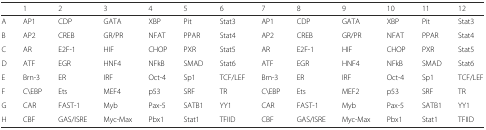
<table><thead><tr><td></td><td><b>1</b></td><td><b>2</b></td><td><b>3</b></td><td><b>4</b></td><td><b>5</b></td><td><b>6</b></td><td><b>7</b></td><td><b>8</b></td><td><b>9</b></td><td><b>10</b></td><td><b>11</b></td><td><b>12</b></td></tr></thead><tbody><tr><td>A</td><td>AP1</td><td>CDP</td><td>GATA</td><td>XBP</td><td>Pit</td><td>Stat3</td><td>AP1</td><td>CDP</td><td>GATA</td><td>XBP</td><td>Pit</td><td>Stat3</td></tr><tr><td>B</td><td>AP2</td><td>CREB</td><td>GR/PR</td><td>NFAT</td><td>PPAR</td><td>Stat4</td><td>AP2</td><td>CREB</td><td>GR/PR</td><td>NFAT</td><td>PPAR</td><td>Stat4</td></tr><tr><td>C</td><td>AR</td><td>E2F-1</td><td>HIF</td><td>CHOP</td><td>PXR</td><td>Stat5</td><td>AR</td><td>E2F-1</td><td>HIF</td><td>CHOP</td><td>PXR</td><td>Stat5</td></tr><tr><td>D</td><td>ATF</td><td>EGR</td><td>HNF4</td><td>NFkB</td><td>SMAD</td><td>Stat6</td><td>ATF</td><td>EGR</td><td>HNF4</td><td>NFkB</td><td>SMAD</td><td>Stat6</td></tr><tr><td>E</td><td>Brn-3</td><td>ER</td><td>IRF</td><td>Oct-4</td><td>Sp1</td><td>TCF/LEF</td><td>Bm-3</td><td>ER</td><td>IRF</td><td>Oct-4</td><td>Sp1</td><td>TCF/LEF</td></tr><tr><td>F</td><td>C\EBP</td><td>Ets</td><td>MEF4</td><td>p53</td><td>SRF</td><td>TR</td><td>C\EBP</td><td>Ets</td><td>MEF2</td><td>p53</td><td>SRF</td><td>TR</td></tr><tr><td>G</td><td>CAR</td><td>FAST-1</td><td>Myb</td><td>Pax-5</td><td>SATB1</td><td>YY1</td><td>CAR</td><td>FAST-1</td><td>Myb</td><td>Pax-5</td><td>SATB1</td><td>YY1</td></tr><tr><td>H</td><td>CBF</td><td>GAS/ISRE</td><td>Myc-Max</td><td>Pbx1</td><td>Stat1</td><td>TFIID</td><td>CBF</td><td>GAS/ISRE</td><td>Myc-Max</td><td>Pbx1</td><td>Stat1</td><td>TFIID</td></tr></tbody></table>